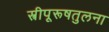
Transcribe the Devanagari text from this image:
स्त्रीपूरूषतुलना